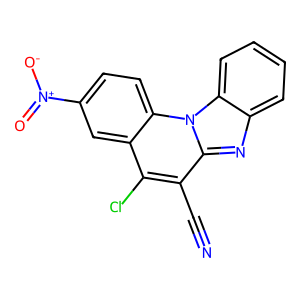
SMILES: N#Cc1c(Cl)c2cc([N+](=O)[O-])ccc2n2c1nc1ccccc12
Inhibits HIV replication: No